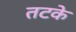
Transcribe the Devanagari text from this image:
तटके